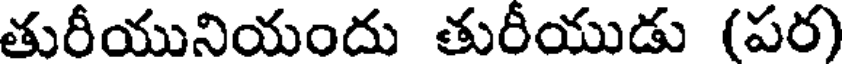
తురీయునియందు తురీయుడు (పర)